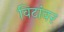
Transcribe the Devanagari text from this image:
विटांवर